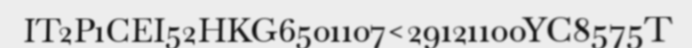
IT2P1CEI52HKG6501107<29121100YC8575T